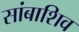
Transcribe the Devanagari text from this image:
सांबाशिव